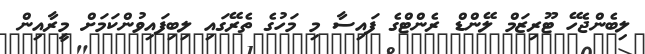
ލިބެންޖެހޭ ޓޫރިޒަމް ލޭންޑް ރެންޓްގެ ފައިސާ މި މަހުގެ ތެރޭގައި ލިބިފައިވުންކަމަށް މީރާއިން